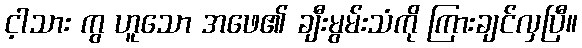
င့ါသား ကွ ဟူသော အဖေ၏ ချီးမွမ်းသံကို ကြားချင်လှပြီ။